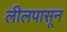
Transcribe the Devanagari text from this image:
लीलपासून